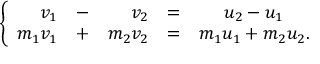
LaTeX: \left\{ { \begin{array} { r c r c c } { v _ { 1 } } & { - } & { v _ { 2 } } & { = } & { u _ { 2 } - u _ { 1 } } \\ { m _ { 1 } v _ { 1 } } & { + } & { m _ { 2 } v _ { 2 } } & { = } & { m _ { 1 } u _ { 1 } + m _ { 2 } u _ { 2 } . } \end{array} } \right.